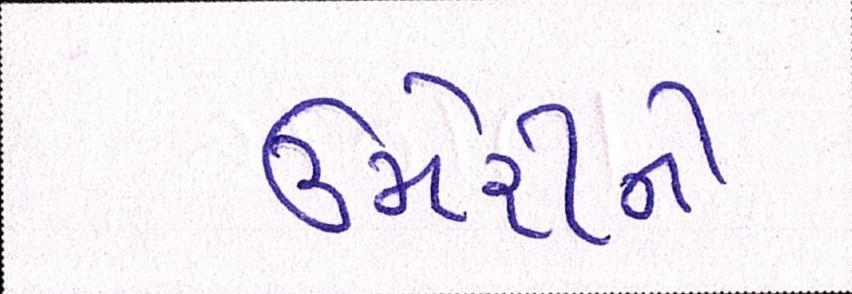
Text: ઉમેરીને